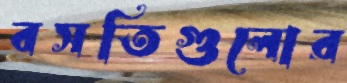
বসতিগুলোর